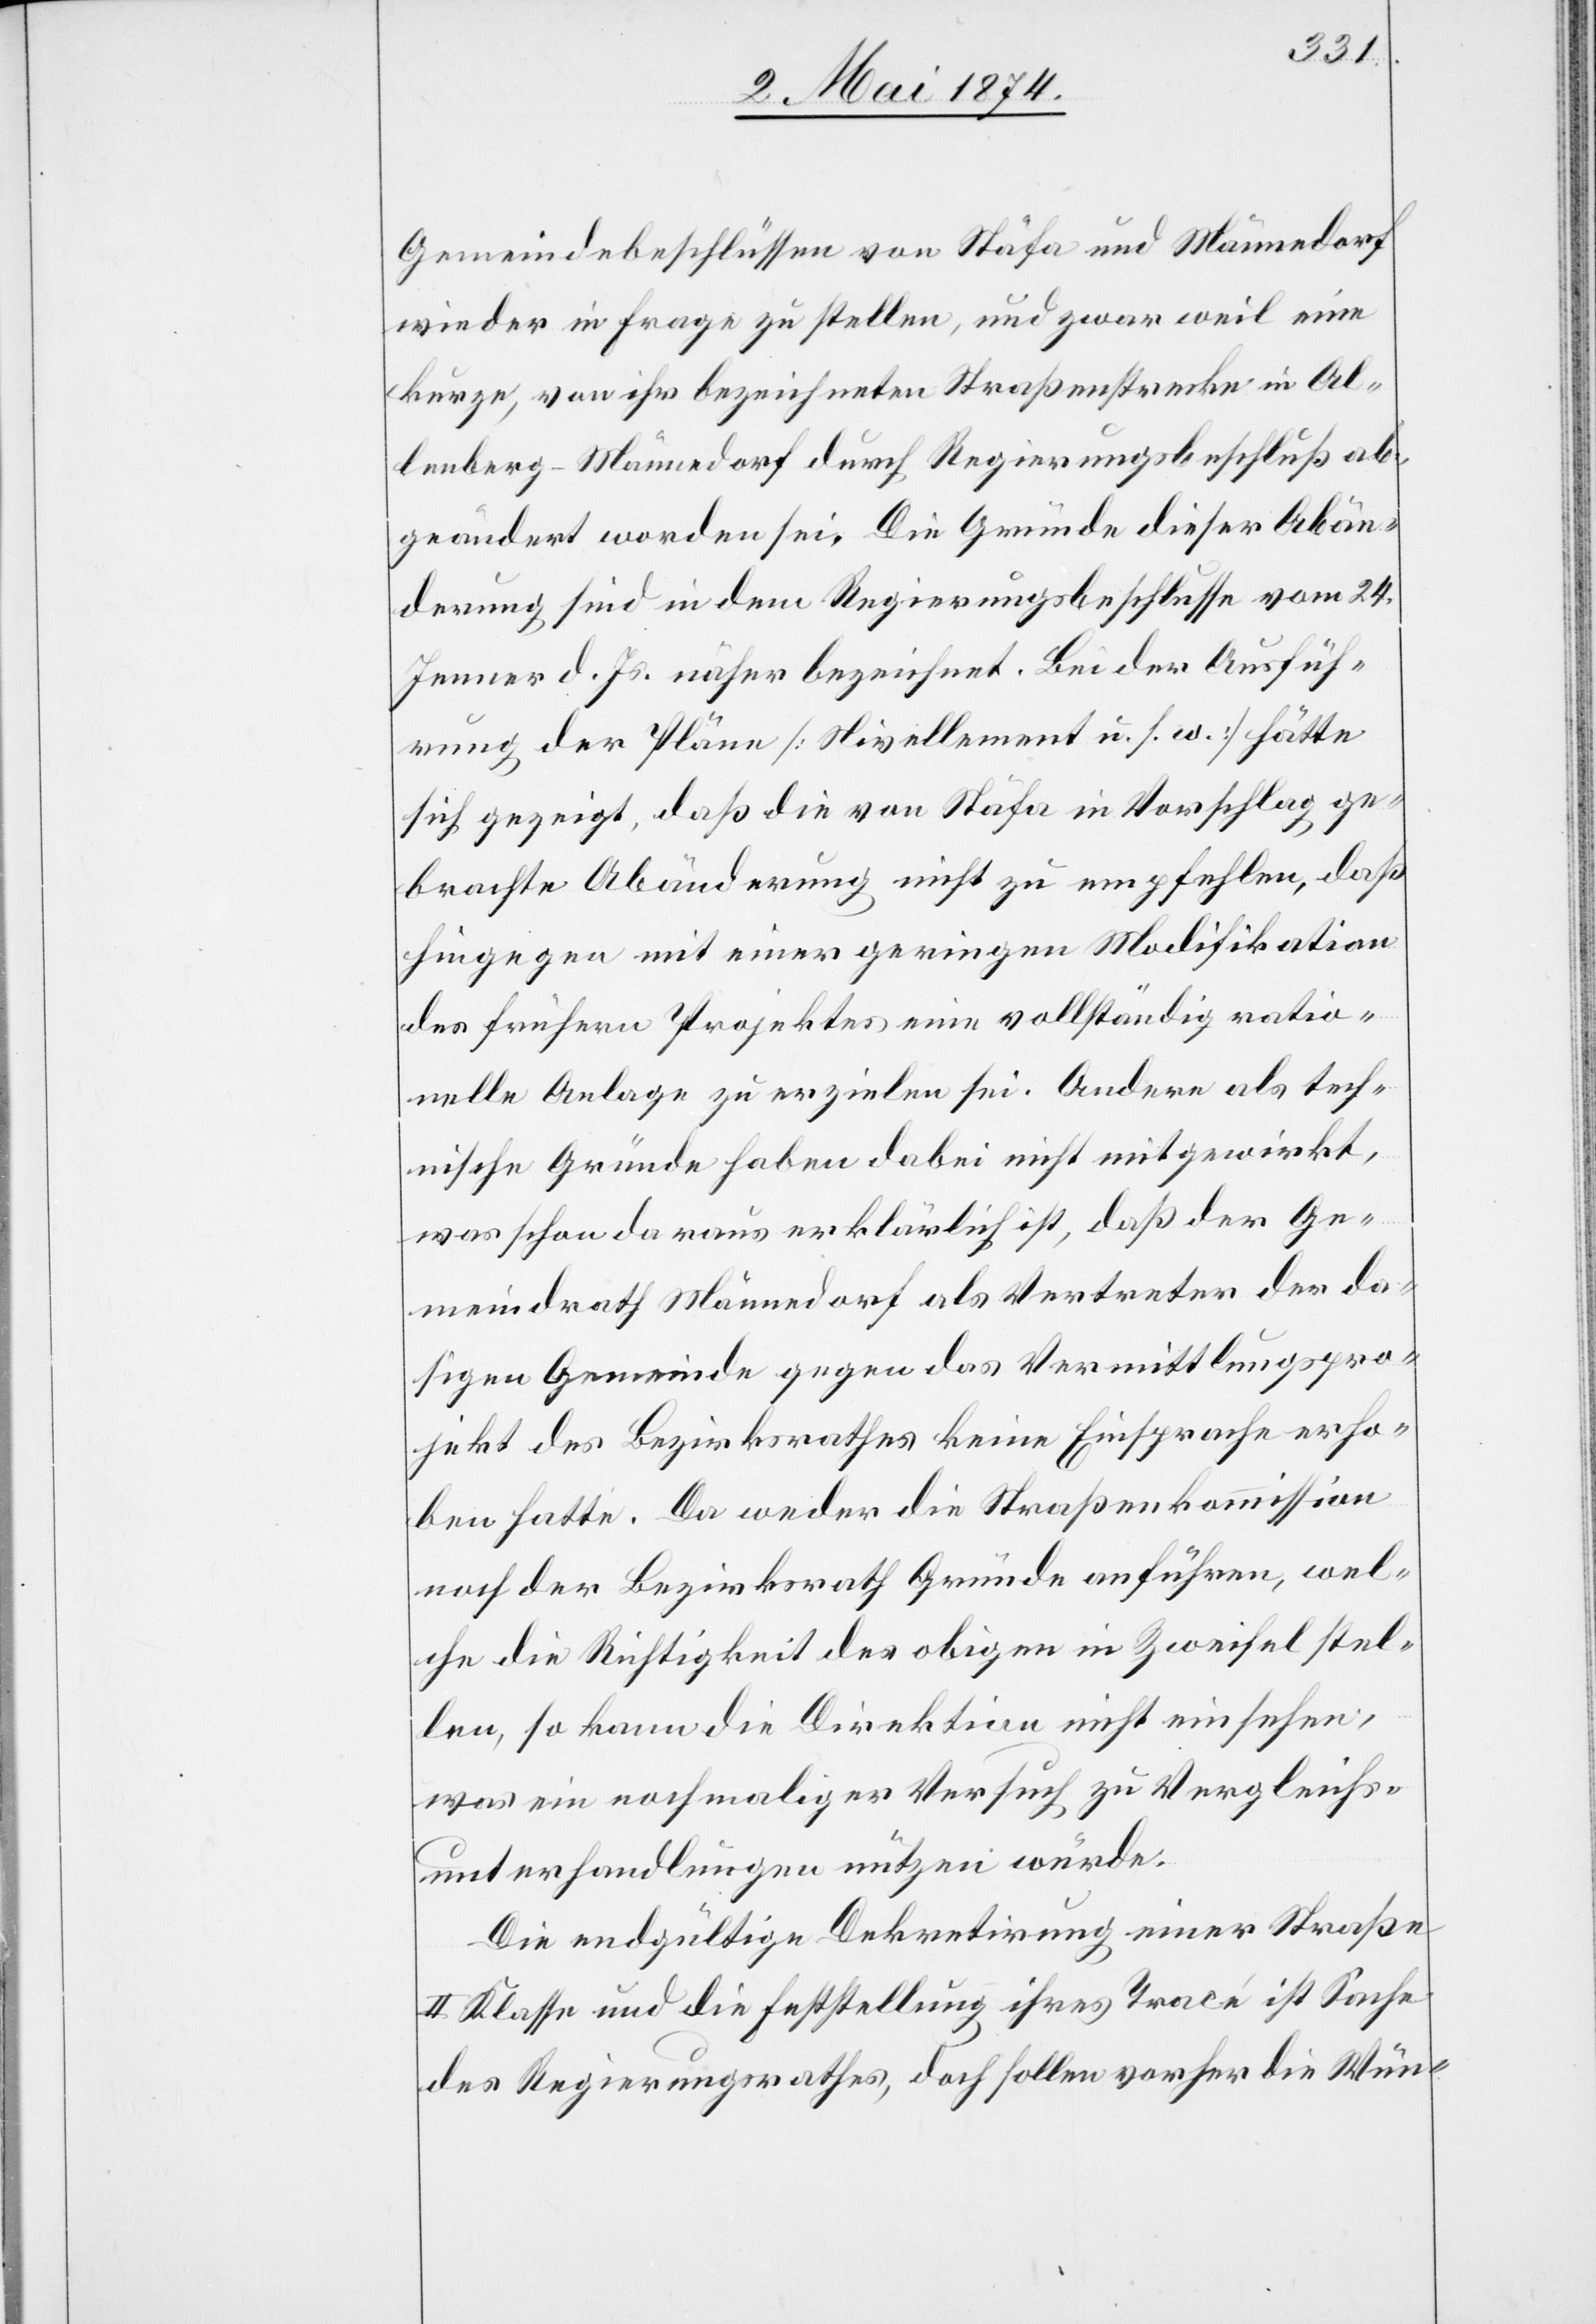
Gemeindebeschlüssen von Stäfa und Männedorf
wieder in Frage zu stellen, und zwar weil eine
kurze, von ihr bezeichnete Straßenstrecke in Al¬
lenberg-Männedorf durch Regierungsbeschluß ab¬
geändert worden sei. Die Gründe dieser Abän¬
derung sind in dem Regierungsbeschlusse vom 24.
Jenner d. Js. näher bezeichnet. Bei der Ausfüh¬
rung der Pläne [Nivellement u. s. w.] hätte
sich gezeigt, daß die von Stäfa in Vorschlag ge¬
brachte Abänderung nicht zu empfehlen, daß
hingegen mit einer geringen Modifikation
des frühern Projektes eine vollständig ratio¬
nelle Anlage zu erzielen sei. Andere als tech¬
nische Gründe haben dabei nicht mitgewirkt,
was schon daraus erklärlich ist, daß der Ge¬
meindrath Männedorf als Vertreter der da¬
sigen Gemeinde gegen das Vermittlungspro¬
jekt des Bezirksrathes keine Einsprache erho¬
ben hatte. Da weder die Straßenkommission
noch der Bezirksrath Gründe anführen, wel¬
che die Richtigkeit des obigen in Zweifel stel¬
len, so kann die Direktion nicht einsehen,
was ein nochmaliger Versuch zu Vergleichs¬
unterhandlungen nützen würde.
Die endgültige Dekretirung einer Straße
II. Klasse und die Feststellung ihres Tracé ist Sache
des Regierungsrathes, doch sollen vorher die Wün-